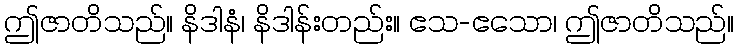
ဤဇာတိသည်။ နိဒါနံ၊ နိဒါန်းတည်း။ ဧသ-ဧသော၊ ဤဇာတိသည်။